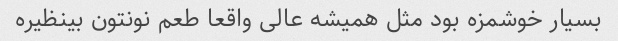
بسیار خوشمزه بود مثل همیشه عالی واقعا طعم نونتون بینظیره